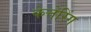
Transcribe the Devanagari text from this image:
केत्तेरिंग